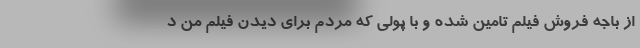
از باجه فروش فیلم تامین شده و با پولی که مردم برای دیدن فیلم من د